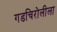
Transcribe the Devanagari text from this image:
गडचिरोलीला